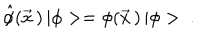
\hat { \phi } ( \vec { x } \, ) \, | \phi > = \phi ( \vec { x } \, ) \, | \phi > \ .